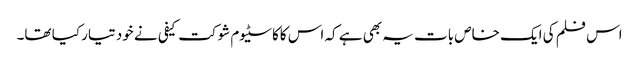
اس فلم کی ایک خاص بات یہ بھی ہے کہ اس کاکاسٹیوم شوکت کیفی نے خود تیار کیا تھا۔